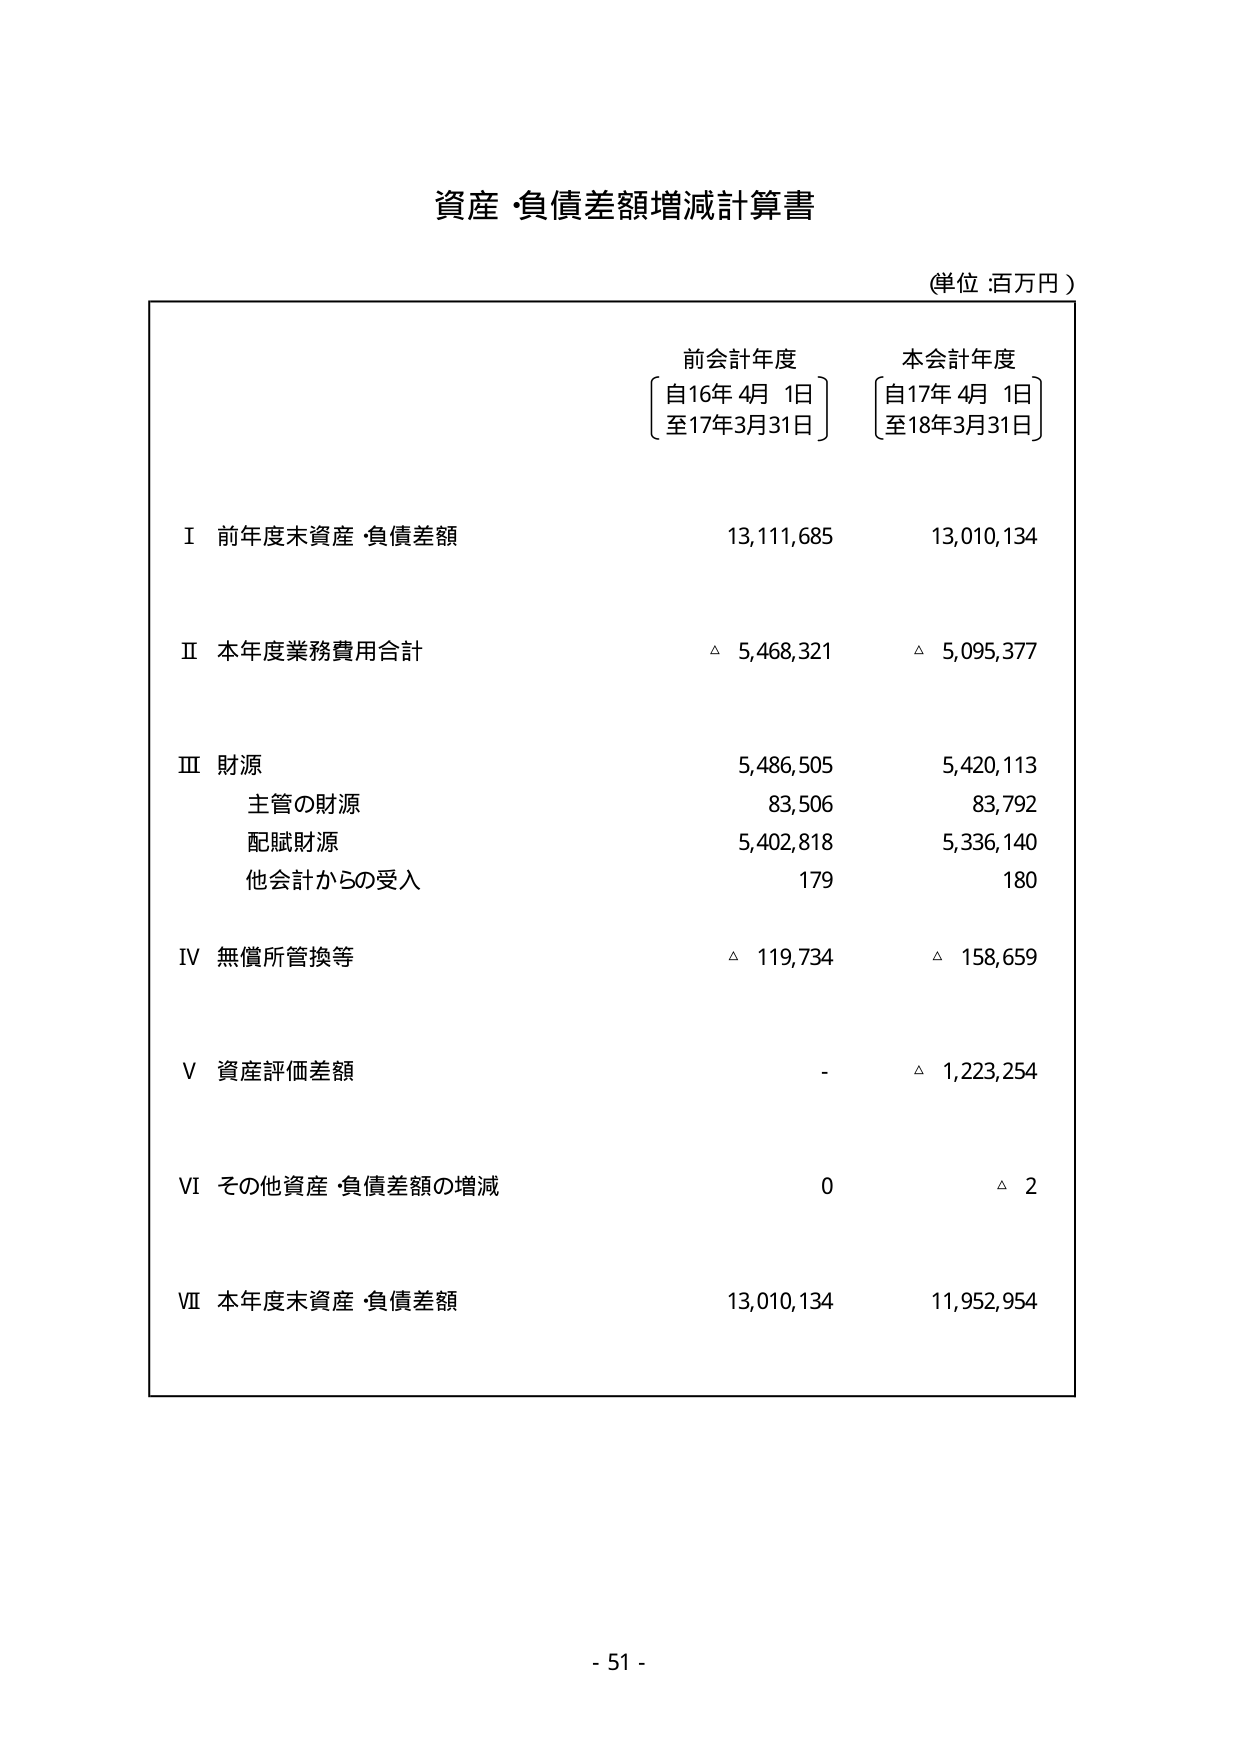
資産・負債差額増減計算書

(単位：百万円)

前会計年度
〔自16年4月1日〕
〔至17年3月31日〕

本会計年度
〔自17年4月1日〕
〔至18年3月31日〕

Ⅰ 前年度末資産・負債差額　　　　　　　13,111,685　　　　　13,010,134

Ⅱ 本年度業務費用合計　　　　　　　　　　△ 5,468,321　　　　　△ 5,095,377

Ⅲ 財源　　　　　　　　　　　　　　　　　5,486,505　　　　　5,420,113
　　主管の財源　　　　　　　　　　　　　　83,506　　　　　　　83,792
　　配賦財源　　　　　　　　　　　　　　5,402,818　　　　　5,336,140
　　他会計からの受入　　　　　　　　　　　179　　　　　　　　　180

Ⅳ 無償所管換等　　　　　　　　　　　　　△ 119,734　　　　　△ 158,659

Ⅴ 資産評価差額　　　　　　　　　　　　　-　　　　　　　　　△ 1,223,254

Ⅵ その他資産・負債差額の増減　　　　　　0　　　　　　　　　△ 2

Ⅶ 本年度末資産・負債差額　　　　　　　　13,010,134　　　　　11,952,954

- 51 -